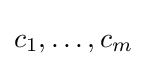
c_{1},\dotsc ,c_{m}